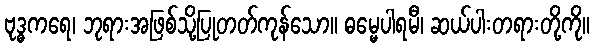
ဗုဒ္ဓကရေ၊ ဘုရားအဖြစ်သို့ပြုတတ်ကုန်သော။ ဓမ္မေပါရမီ၊ ဆယ်ပါးတရားတို့ကို။